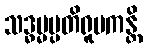
သဒ္ဓမ္မပ္ပတိရူပကန္တိ